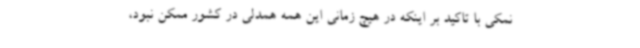
نمکی با تاکید بر اینکه در هیچ زمانی این همه همدلی در کشور ممکن نبود،